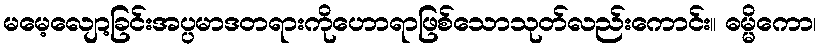
မမေ့လျော့ခြင်းအပ္ပမာဒတရားကိုဟောရာဖြစ်သောသုတ်လည်းကောင်း။ ဓမ္မိကော၊